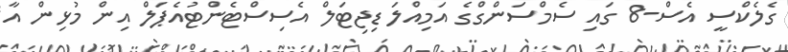
ގެލެކްސީ އެސް-8 ގައި ސެމްސަންގްގެ އަމިއްލަ ޑިޖިޓަލް އެސިސްޓެންޓުއެޕަލް އިން މުޅިން އާ